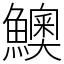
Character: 𩼈